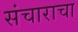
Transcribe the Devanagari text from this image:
संचाराचा